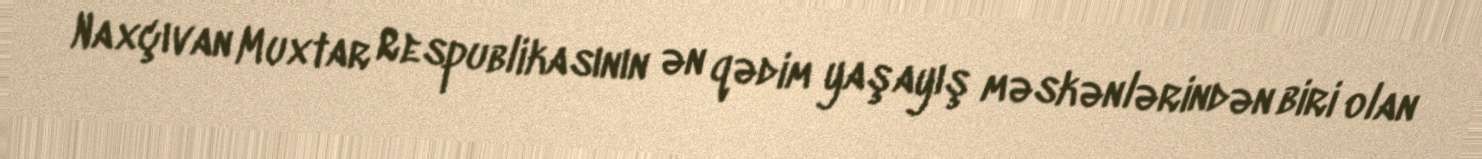
Naxçıvan Muxtar Respublikasının ən qədim yaşayış məskənlərindən biri olan